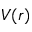
V ( r )